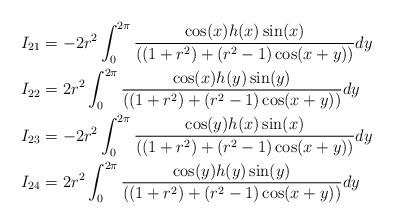
LaTeX: \begin{align*} I_{21} & = -2r^2\int_{0}^{2\pi}\frac{\cos(x)h(x)\sin(x)}{((1+r^2)+(r^2-1)\cos(x+y))}dy \\I_{22} & = 2r^2\int_{0}^{2\pi}\frac{\cos(x)h(y)\sin(y)}{((1+r^2)+(r^2-1)\cos(x+y))}dy \\I_{23} & = -2r^2\int_{0}^{2\pi}\frac{\cos(y)h(x)\sin(x)}{((1+r^2)+(r^2-1)\cos(x+y))}dy \\I_{24} & = 2r^2\int_{0}^{2\pi}\frac{\cos(y)h(y)\sin(y)}{((1+r^2)+(r^2-1)\cos(x+y))}dy \\\end{align*}